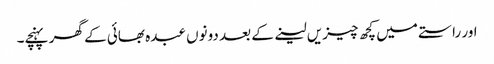
اور راستے میں کچھ چیزیں لینے کے بعد دونوں عبدہ بھائی کے گھر پہنچے۔